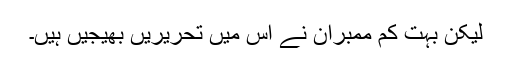
لیکن بہت کم ممبران نے اس میں تحریریں بھیجیں ہیں۔